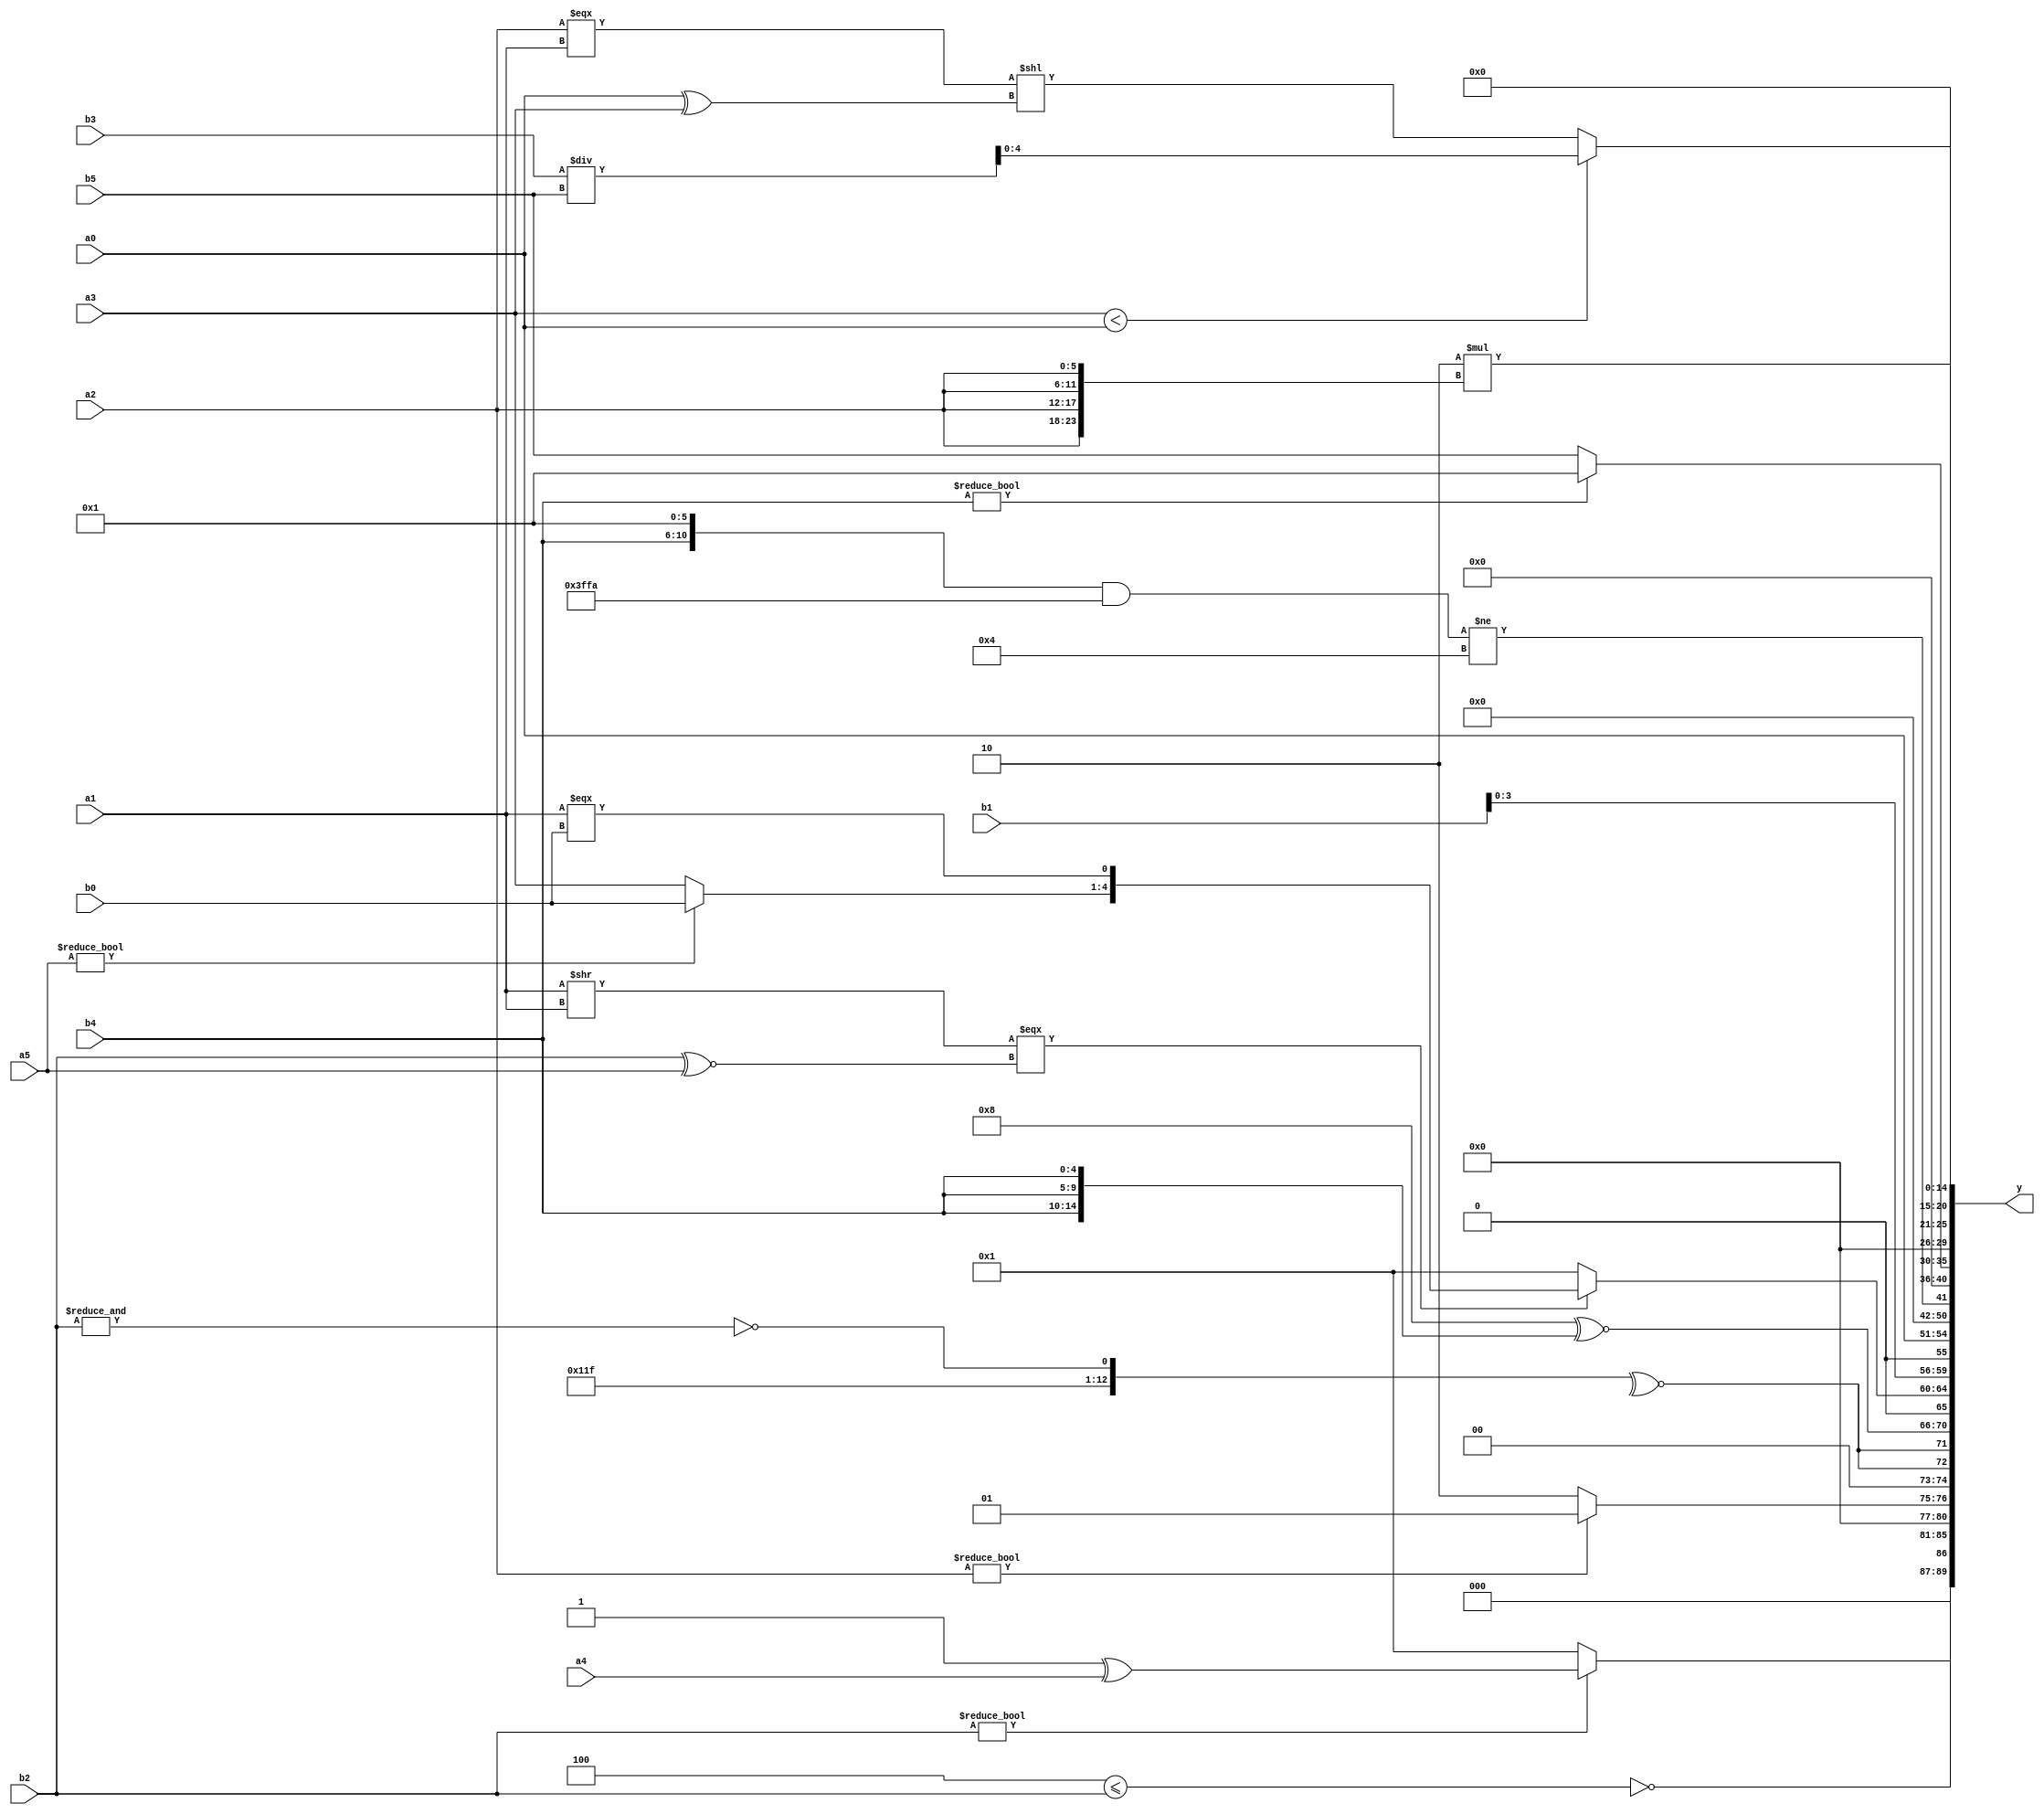
module expression_00605(a0, a1, a2, a3, a4, a5, b0, b1, b2, b3, b4, b5, y);
  input [3:0] a0;
  input [4:0] a1;
  input [5:0] a2;
  input signed [3:0] a3;
  input signed [4:0] a4;
  input signed [5:0] a5;

  input [3:0] b0;
  input [4:0] b1;
  input [5:0] b2;
  input signed [3:0] b3;
  input signed [4:0] b4;
  input signed [5:0] b5;

  wire [3:0] y0;
  wire [4:0] y1;
  wire [5:0] y2;
  wire signed [3:0] y3;
  wire signed [4:0] y4;
  wire signed [5:0] y5;
  wire [3:0] y6;
  wire [4:0] y7;
  wire [5:0] y8;
  wire signed [3:0] y9;
  wire signed [4:0] y10;
  wire signed [5:0] y11;
  wire [3:0] y12;
  wire [4:0] y13;
  wire [5:0] y14;
  wire signed [3:0] y15;
  wire signed [4:0] y16;
  wire signed [5:0] y17;

  output [89:0] y;
  assign y = {y0,y1,y2,y3,y4,y5,y6,y7,y8,y9,y10,y11,y12,y13,y14,y15,y16,y17};

  localparam [3:0] p0 = (~&(~|{1{{4{{3{(3'd1)}}}}}}));
  localparam [4:0] p1 = (~&(5'd27));
  localparam [5:0] p2 = (({3{(5'sd7)}}?((3'sd2)?(2'd1):(4'd9)):{2{(4'd4)}})-(6'd2 * ((2'd1)?(5'd3):(5'd31))));
  localparam signed [3:0] p3 = {1{{4{{1{{4{(3'sd2)}}}}}}}};
  localparam signed [4:0] p4 = (((2'sd0)?(4'sd3):(5'd18))?{(!((3'd5)?(5'd30):(2'sd1)))}:((2'd1)?(4'd6):(2'd0)));
  localparam signed [5:0] p5 = (!{(((5'sd10)>>(3'd2))>>>{(-3'sd1),(3'd4),(5'd20)})});
  localparam [3:0] p6 = ((((4'sd1)<=(-4'sd1))!=((-4'sd0)!==(5'sd2)))==(+{{(5'sd15),((5'd15)<=(5'd29))}}));
  localparam [4:0] p7 = {{2{(-3'sd1)}},{1{(3'd5)}},{3{(5'sd2)}}};
  localparam [5:0] p8 = (^{(3'd2),(3'sd3)});
  localparam signed [3:0] p9 = ({1{(~|((~{1{(-5'sd11)}})>>(+(+(5'd12)))))}}<=((((5'd17)+(2'd0))>(~|(4'd5)))>>>(~(+(~(3'd6))))));
  localparam signed [4:0] p10 = (5'd2 * ((4'd1)<<(2'd1)));
  localparam signed [5:0] p11 = (((-4'sd3)?(4'd5):(5'd31))?((3'd6)?(3'd7):(-4'sd3)):((2'd3)?(2'sd1):(5'd0)));
  localparam [3:0] p12 = (~^(~{(|{(-(2'sd1)),{(2'sd1),(2'd0),(3'd1)},{(2'd2)}}),((!(5'sd8))?((5'd3)?(2'd0):(-4'sd3)):{(5'd15)})}));
  localparam [4:0] p13 = (~^{4{{4{(-2'sd1)}}}});
  localparam [5:0] p14 = ((5'd2 * {4{(5'd27)}})-(((2'sd1)|(-4'sd1))?((5'd19)&&(2'd0)):{1{(2'd0)}}));
  localparam signed [3:0] p15 = ((((5'd22)>>>(4'd5))?((5'd22)===(4'd6)):(5'd2 * (3'd3)))-((3'd3)&&{3{(4'd4)}}));
  localparam signed [4:0] p16 = {((((5'd17)<<(-3'sd0))>=((2'd0)>(3'd0)))?(((-3'sd3)?(5'sd13):(2'd0))?(|(3'sd1)):{(-2'sd1),(3'd1)}):(~|({(4'd9),(-4'sd1),(4'd7)}<((4'd8)?(2'd2):(2'd2)))))};
  localparam signed [5:0] p17 = (^(5'd10));

  assign y0 = (~&(p10<=b2));
  assign y1 = ({(p12?a1:b2)}?$signed(({p11,p13}^$unsigned(a4))):((b3?p1:p16)>(p14&&p9)));
  assign y2 = ((p15?p12:p15)?(~&(p11?p7:b4)):(a2?p1:p7));
  assign y3 = {2{(-(-(~^{{2{p0}},(-p0),(~&b2)})))}};
  assign y4 = ((5'd8)^~{3{b4}});
  assign y5 = (((a1>>a1)===(b2^~a5))?{(p13?p4:a0),(a5?b0:a3),(a1===b0)}:((b0<p1)|(p7?p8:b1)));
  assign y6 = ({2{$signed(b1)}});
  assign y7 = (+a0);
  assign y8 = (&($signed({2{{3{p4}}}})+({3{p17}}==($signed(p17)<(p10>>p11)))));
  assign y9 = (({b4,p5}&(~$unsigned(p15)))!=$signed(((b2?p10:p15)?(+p10):{p5,p9,p12})));
  assign y10 = (&{1{{1{(~((p2?p3:b2)?(~p2):(~&p10)))}}}});
  assign y11 = $signed({3{(b4?p8:b5)}});
  assign y12 = {1{(((~&p9)?(p11<<<p14):(b1===b1))?{1{{{p15,p16,p5},(p15||a3),(p4>=p16)}}}:(~|{(a2?p3:p11),{p2},(&p11)}))}};
  assign y13 = (((~(a3<a0))?((a2===a1)<<(a0^a3)):$signed((b3/b5))));
  assign y14 = (6'd2 * {4{a2}});
  assign y15 = (-2'sd0);
  assign y16 = (+(^(^(p15<<<p17))));
  assign y17 = {4{(^p12)}};
endmodule